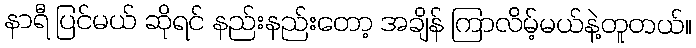
နာရီ ပြင်မယ် ဆိုရင် နည်းနည်းတော့ အချိန် ကြာလိမ့်မယ်နဲ့တူတယ်။